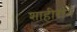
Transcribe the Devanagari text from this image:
शाहीराने